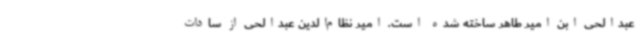
عبدالحی ابن امیر طاهر ساخته شده است. امیر نظام‌الدین عبدالحی از سادات